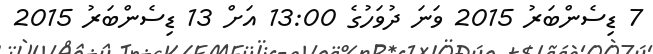
7 ޑިސެންބަރު 2015 ވަނަ ދުވަހުގެ 13:00 އަށް 13 ޑިސެންބަރު 2015